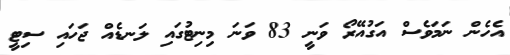
އެހެން ނަމަވެސް އަގުއޭރޯ ވަނީ 83 ވަނަ މިނިޓުގައި ލަނޑެއް ޖަހައި ސިޓީ